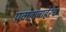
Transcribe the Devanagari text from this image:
प्रवाहाबाहेरच